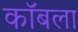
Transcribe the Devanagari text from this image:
कॉबला